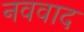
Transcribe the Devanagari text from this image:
नववाद